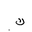
Letter: _kaf